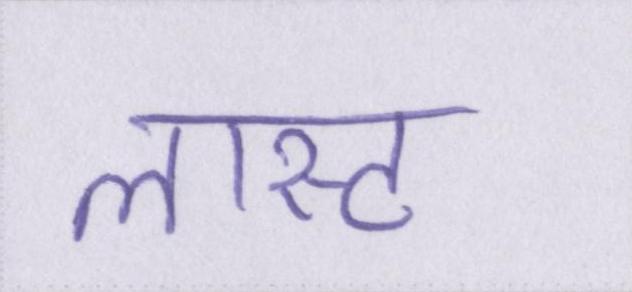
लास्ट